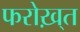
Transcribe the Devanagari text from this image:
फरोख़्त